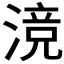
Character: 𬈣